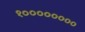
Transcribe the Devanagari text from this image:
१००००००००